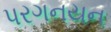
પરગનયન